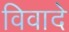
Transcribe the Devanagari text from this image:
विवादे